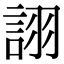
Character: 詡